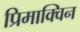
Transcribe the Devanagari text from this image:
प्रिमाक्विन